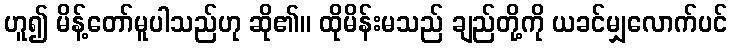
ဟူ၍ မိန့်တော်မူပါသည်ဟု ဆို၏။ ထိုမိန်းမသည် ချည်တို့ကို ယခင်မျှလောက်ပင်